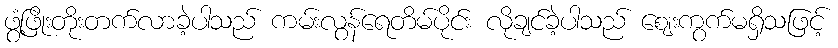
ဖွံ့ဖြိုးတိုးတက်လာခဲ့ပါသည် ကမ်းလွန်ရေတိမ်ပိုင်း လိုချင်ခဲ့ပါသည် ဈေးကွက်မရှိသဖြင့်